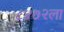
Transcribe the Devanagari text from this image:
८४७२ला